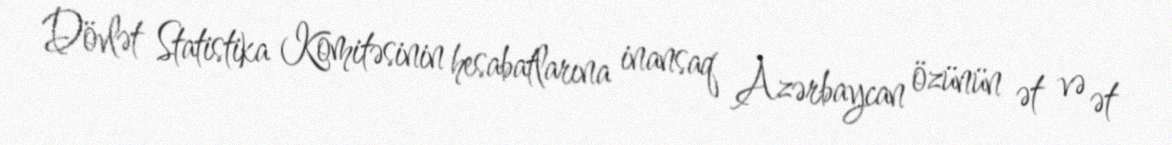
Dövlət Statistika Komitəsinin hesabatlarına inansaq Azərbaycan özünün ət və ət